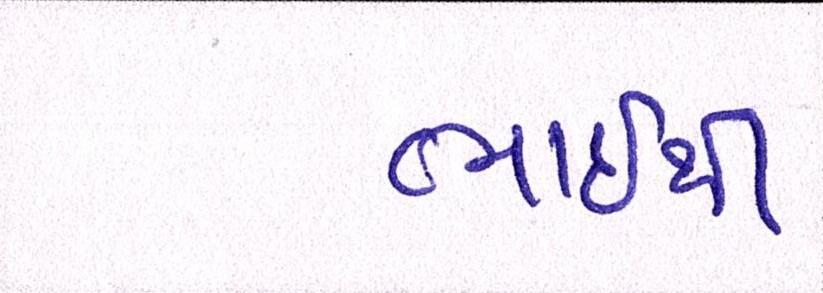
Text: ભાઇથી